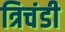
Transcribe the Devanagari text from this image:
त्रिचंडी